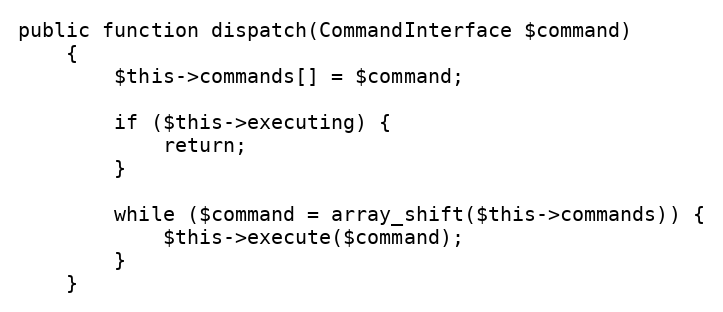
Language: PHP
public function dispatch(CommandInterface $command)
    {
        $this->commands[] = $command;

        if ($this->executing) {
            return;
        }

        while ($command = array_shift($this->commands)) {
            $this->execute($command);
        }
    }